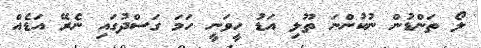
ލޯ ތަންޑުން ނުކުންނަ ތޫލި އަޑު ހީވަނީ ހަމަ ގަސްދުގައި ނެރޭ އަޑެއް